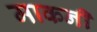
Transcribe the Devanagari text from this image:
माकनी